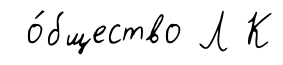
о́бщество Л К